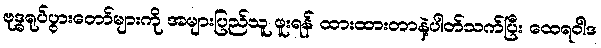
ဗုဒ္ဓရုပ်ပွားတော်များကို အများပြည်သူ ဖူးရန် ထားထားတာနဲ့ပါတ်သက်ပြီး ထေရဝါဒ